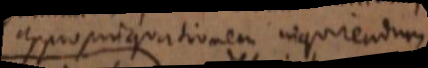
appropinquationem inquirendum